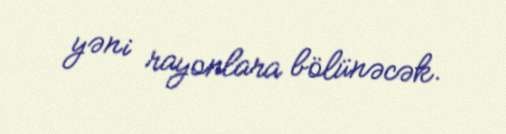
yəni rayonlara bölünəcək.